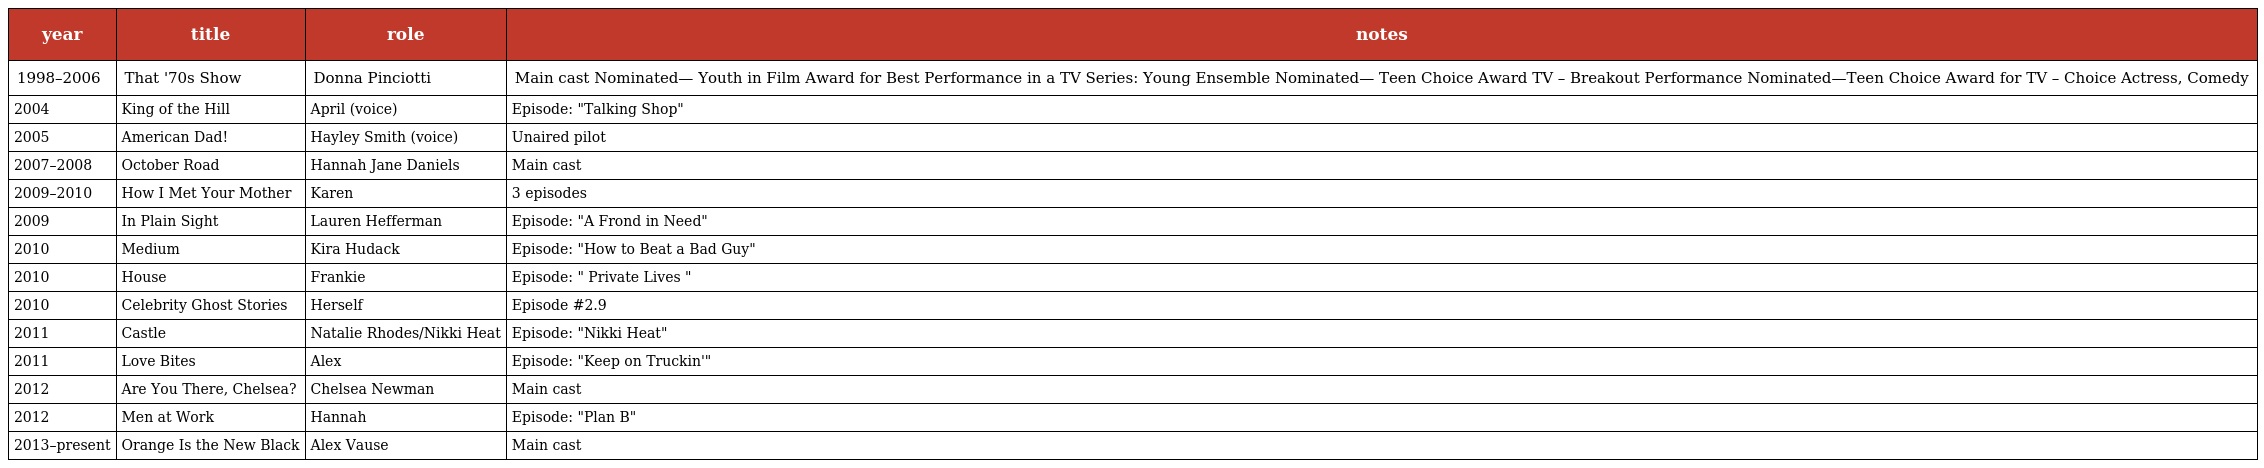
| year | title | role | notes |
 | --- | --- | --- | --- |
 | 1998–2006 | That '70s Show | Donna Pinciotti | Main cast Nominated— Youth in Film Award for Best Performance in a TV Series: Young Ensemble Nominated— Teen Choice Award TV – Breakout Performance Nominated—Teen Choice Award for TV – Choice Actress, Comedy |
 | 2004 | King of the Hill | April (voice) | Episode: "Talking Shop" |
 | 2005 | American Dad! | Hayley Smith (voice) | Unaired pilot |
 | 2007–2008 | October Road | Hannah Jane Daniels | Main cast |
 | 2009–2010 | How I Met Your Mother | Karen | 3 episodes |
 | 2009 | In Plain Sight | Lauren Hefferman | Episode: "A Frond in Need" |
 | 2010 | Medium | Kira Hudack | Episode: "How to Beat a Bad Guy" |
 | 2010 | House | Frankie | Episode: " Private Lives " |
 | 2010 | Celebrity Ghost Stories | Herself | Episode #2.9 |
 | 2011 | Castle | Natalie Rhodes/Nikki Heat | Episode: "Nikki Heat" |
 | 2011 | Love Bites | Alex | Episode: "Keep on Truckin'" |
 | 2012 | Are You There, Chelsea? | Chelsea Newman | Main cast |
 | 2012 | Men at Work | Hannah | Episode: "Plan B" |
 | 2013–present | Orange Is the New Black | Alex Vause | Main cast |